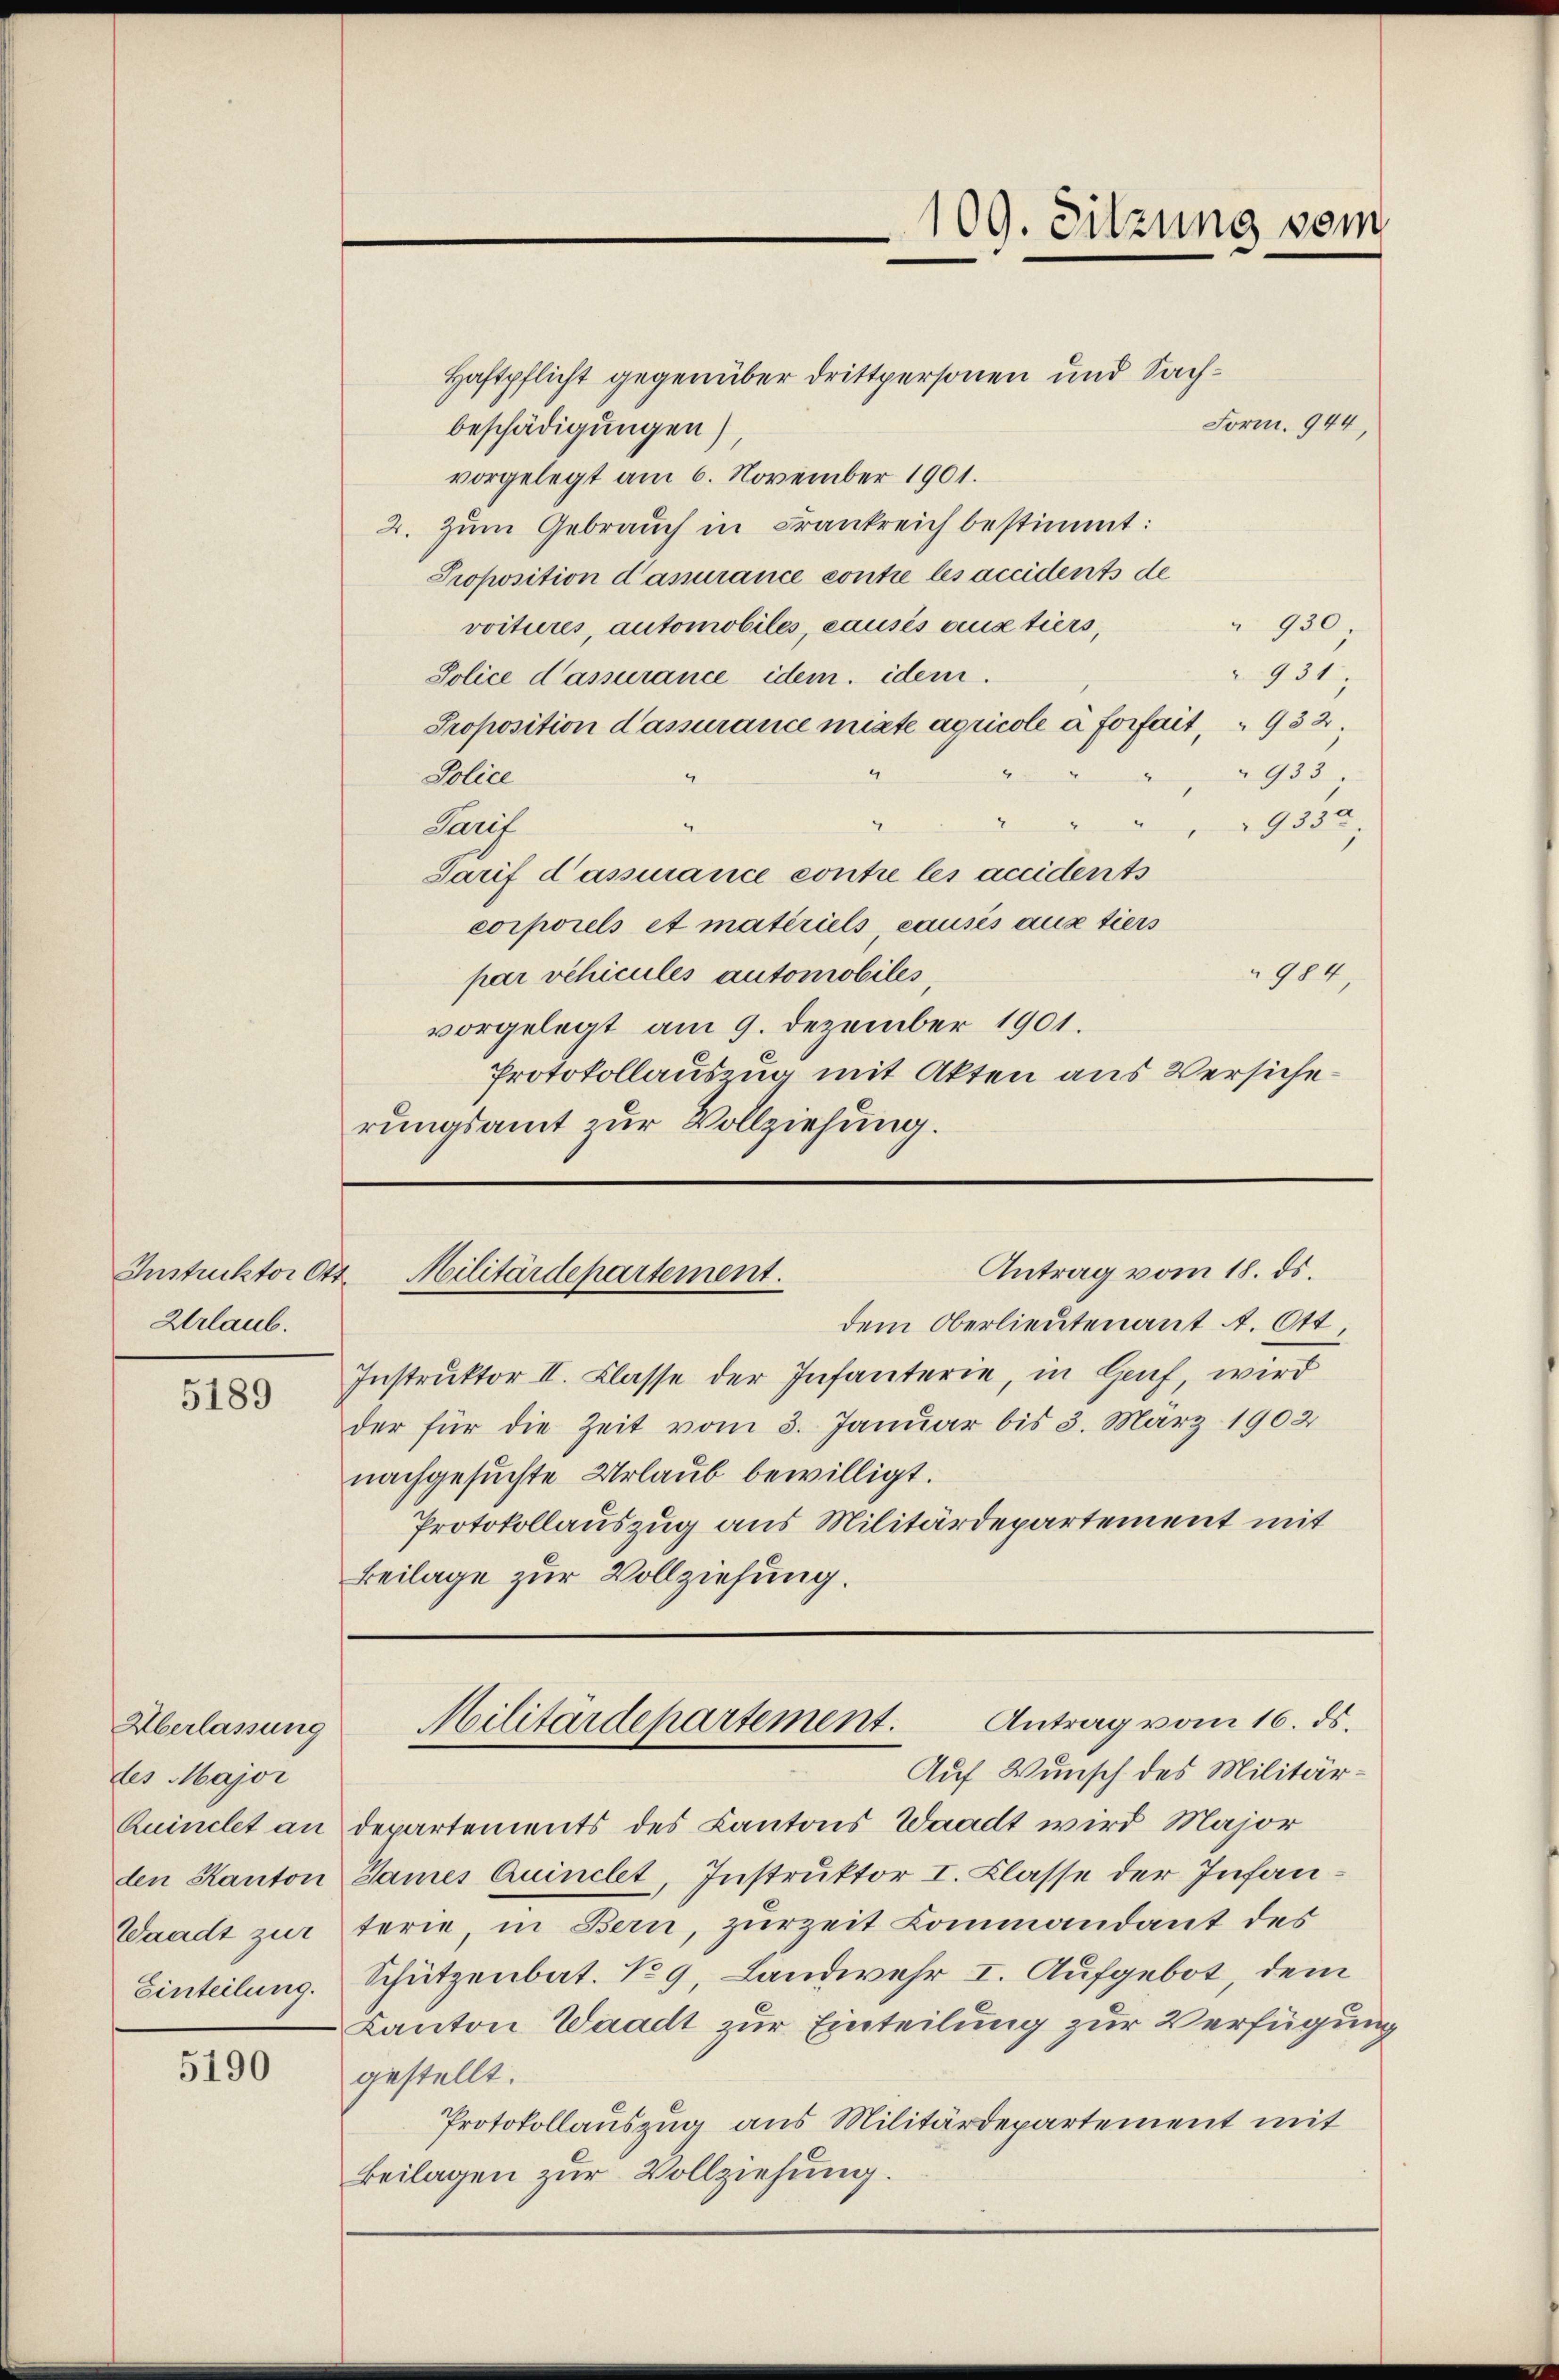
Instruktor Ott
Urlaub.

5189

Überlassung
des Major
Einteilung.

5190

Haftpflicht gegenüber drittpersonen und Sach¬
Form. 944,
beschädigungen)
vorgelegt am 6. November 1901.
2. Zum Gebrauch in Frankreich bestimmt:
Proposition d’amurance contie les accidents de
" 930.
voitures, automobiles, causés aus tiers,
931.
Police d’assurance idem idem
Proposition d’assurance miete aqucole à forfait, " 932.
933,
Police
I
9335
Sarif
Tarif d’assurance contre les accidents
corporels et materiels, causes aus tiers
984.
par schicules automobiles
vorgelegt am 9. Dezember 1901.
Protokollauszug mit Akten aus Versiche
rungsamt zur Vollziehung.

109. Sitzung vom

Antrag vom 18. ds.
Militärdepartement.

dem Oberlieutenant A. Ott,
Instruktor II. Classe der Infanterie, in Graf, wird
der für die Zeit vom 3. Januar bis 3. März 1902
nachgesuchte Urlaub bewilligt.
Protokollauszug aus Militärdepartement mit
Beilage zur Vollziehung.

Antrag vom 16. ds.
Militärdepartement.

Auf Wunsch des Militär¬
Quinclet an Departements des Kantons Waadt wird Major
den Kanton James Quinclet, Instruktor I. Klasse der Infan¬
Waadt zur terie, in Bern, zurzeit Commandant des
Schützenbat. No 9, Landwehr I. Aufgebot, dem
Kanton Waadt zur Einteilung zur Verfügung
gestellt.
Protokollauszug aus Militärdepartement mit
Beilagen zur Vollziehung.